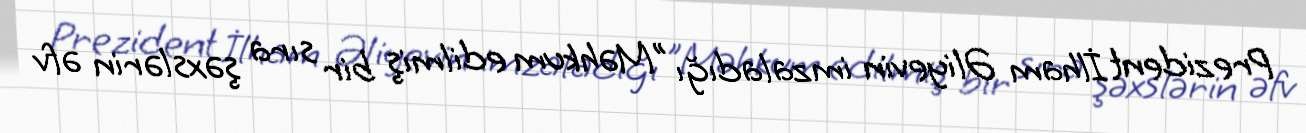
Prezident İlham Əliyevin imzaladığı "Məhkum edilmiş bir sıra şəxslərin əfv